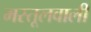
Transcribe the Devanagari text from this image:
मस्तूलवाली